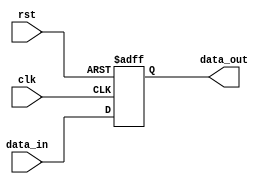
module CascadeBypassRegister (
  input wire clk, // input clock signal
  input wire rst, // reset signal
  input wire [7:0] data_in, // input data signal
  output reg [7:0] data_out // output data signal
);

  always @ (posedge clk or posedge rst) begin
    if (rst) begin
      data_out <= 8'b0; // reset output data
    end else begin
      data_out <= data_in; // synchronize input data to output on positive clock edge
    end
  end

endmodule